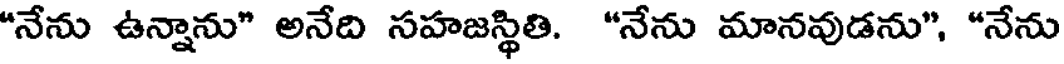
"నేను ఉన్నాను" అనేది సహజస్థితి. "నేను మానవుడను", "నేను